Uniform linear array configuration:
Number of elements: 64
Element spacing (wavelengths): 0.25
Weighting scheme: blackman
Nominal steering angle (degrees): -60
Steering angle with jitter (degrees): -60.407
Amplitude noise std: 0.05
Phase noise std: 0.05

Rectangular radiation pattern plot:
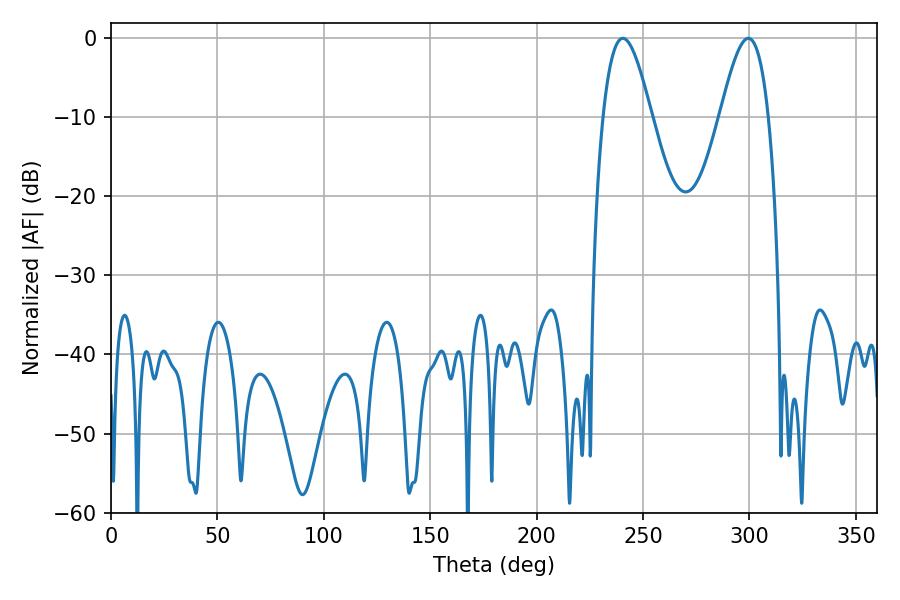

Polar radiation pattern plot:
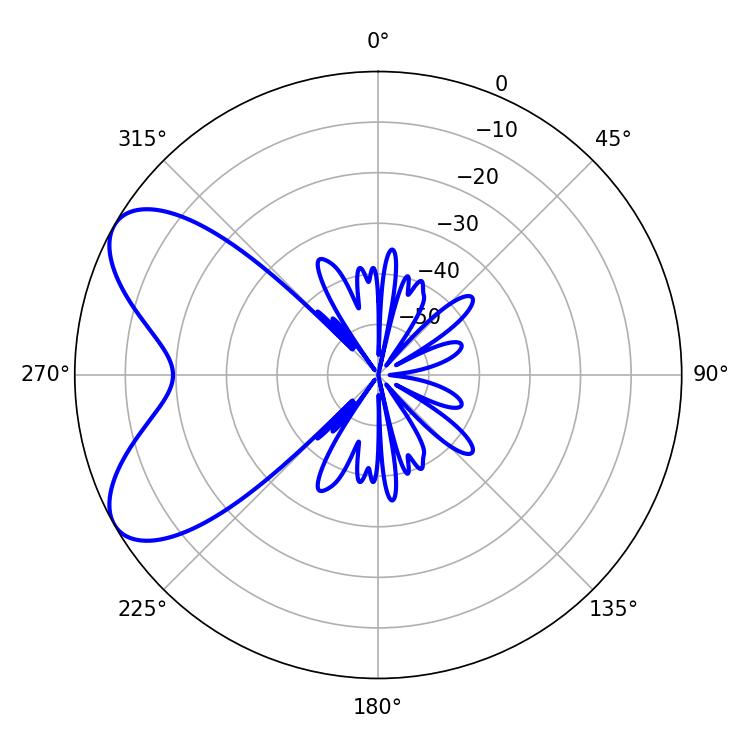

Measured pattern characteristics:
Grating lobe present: FALSE
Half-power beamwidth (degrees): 12.24
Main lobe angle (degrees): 240.48